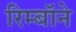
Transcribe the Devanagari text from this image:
रिम्बॉने